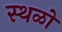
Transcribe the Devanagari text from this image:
स्थळो